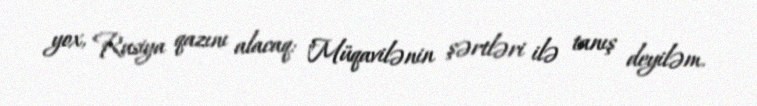
yox, Rusiya qazını alacaq: "Müqavilənin şərtləri ilə tanış deyiləm.